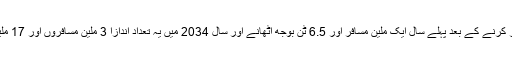
لائن کے باقاعدہ سفروں کا آغاز کرنے کے بعد پہلے سال ایک ملین مسافر اور 6.5 ٹن بوجھ اٹھانے اور سال 2034 میں یہ تعداد اندازاً 3 ملین مسافروں اور 17 ملین ٹن بوجھ تک پہنچ جائے گی۔